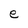
Character: e